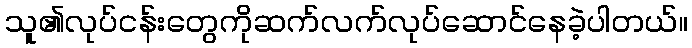
သူ၏လုပ်ငန်းတွေကိုဆက်လက်လုပ်ဆောင်နေခဲ့ပါတယ်။